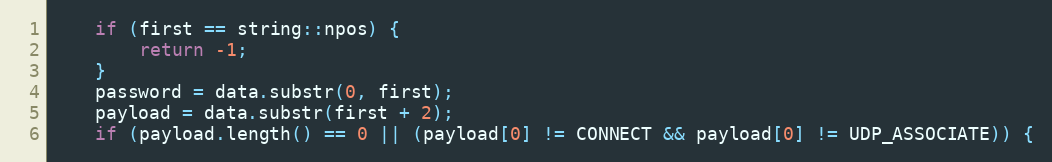
Language: C++
    if (first == string::npos) {
        return -1;
    }
    password = data.substr(0, first);
    payload = data.substr(first + 2);
    if (payload.length() == 0 || (payload[0] != CONNECT && payload[0] != UDP_ASSOCIATE)) {